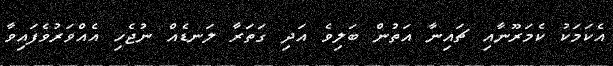
އެކަމަކު ކެމަރޫނާއި ޗައިނާ އަތުން ބަލިވެ އަދި ގަތަރާ ލަނޑެއް ނުޖެހި އެއްވަރުވެފައިވާ